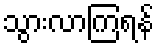
သွားလာကြရန်